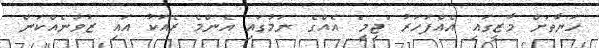
ހަޔާތަށް މާޒީގައި އެއްފަހަރު "ޖިމީ" އެއްގެ ނަމުގައި އެންމެ ރެއަކު އައި ޒުވާނެއްކަން